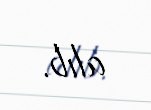
alıb.